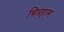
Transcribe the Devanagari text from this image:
चित्रहास